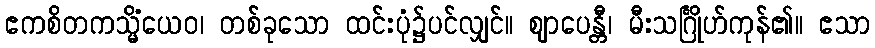
ဧကစိတကသ္မိံယေဝ၊ တစ်ခုသော ထင်းပုံ၌ပင်လျှင်။ ဈာပေန္တီ၊ မီးသင်္ဂြိုဟ်ကုန်၏။ ဧသာ